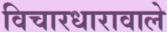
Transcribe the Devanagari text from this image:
विचारधारावाले